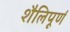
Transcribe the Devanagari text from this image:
शैलिपूर्ण